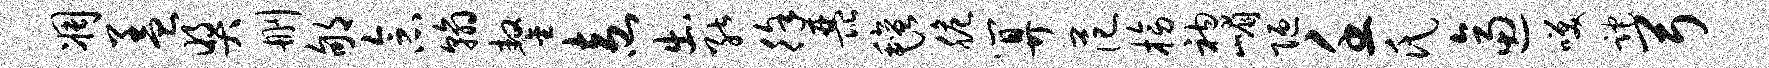
凋盖奖删郇念翰鏊盍出能徐琵毡脆算范榜衲嵋陋壬氏逼笑跎弓